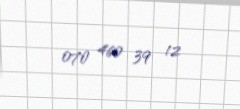
070 460 39 12